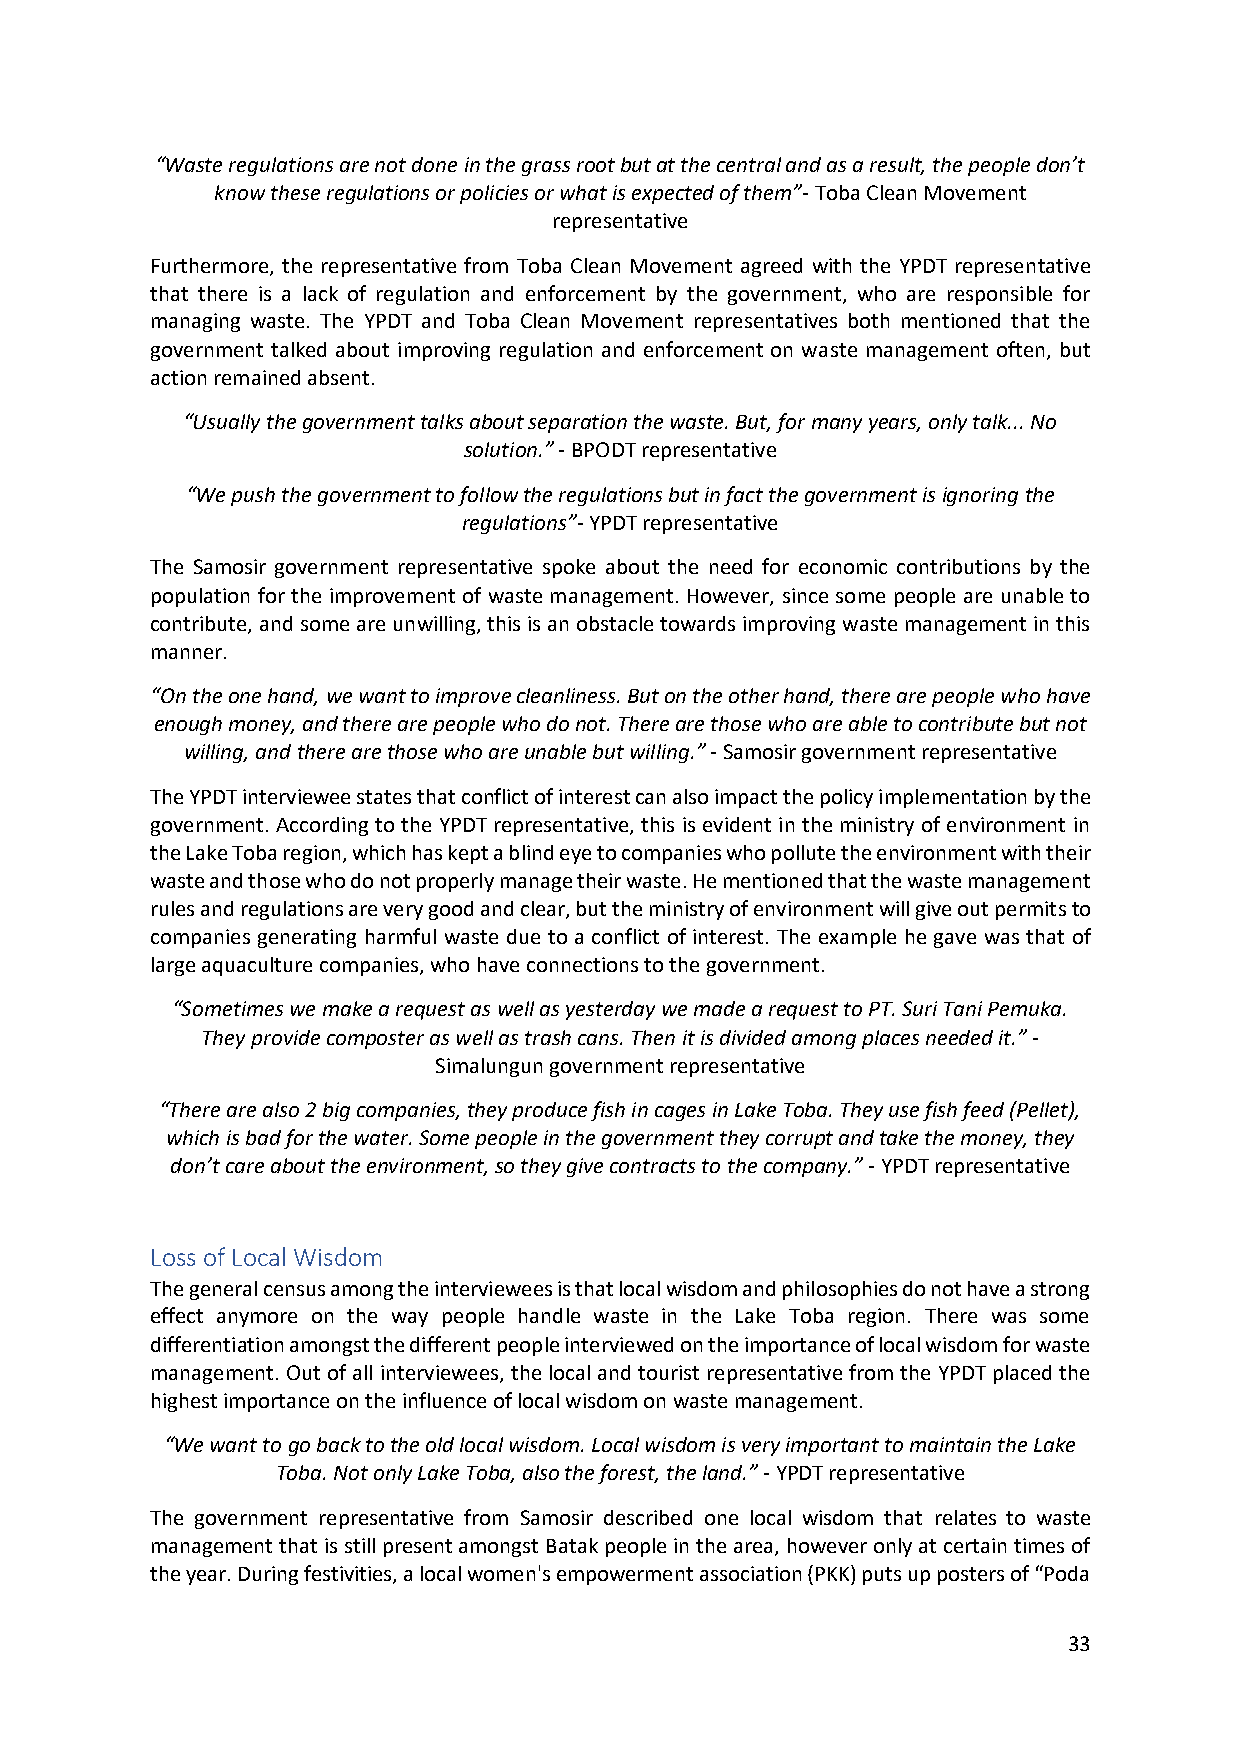
“Waste regulations are not done in the grass root but at the central and as a result, the people don’t
 know these regulations or policies or what is expected of them”- Toba Clean Movement
 representative
 Furthermore, the representative from Toba Clean Movement agreed with the YPDT representative
 that there is a lack of regulation and enforcement by the government, who are responsible for
 managing waste. The YPDT and Toba Clean Movement representatives both mentioned that the
 government talked about improving regulation and enforcement on waste management often, but
 action remained absent.
 “Usually the government talks about separation the waste. But, for many years, only talk... No
 solution.” - BPODT representative
 “We push the government to follow the regulations but in fact the government is ignoring the
 regulations”- YPDT representative
 The Samosir government representative spoke about the need for economic contributions by the
 population for the improvement of waste management. However, since some people are unable to
 contribute, and some are unwilling, this is an obstacle towards improving waste management in this
 manner.
 “On the one hand, we want to improve cleanliness. But on the other hand, there are people who have
 enough money, and there are people who do not. There are those who are able to contribute but not
 willing, and there are those who are unable but willing.” - Samosir government representative
 The YPDT interviewee states that conflict of interest can also impact the policy implementation by the
 government. According to the YPDT representative, this is evident in the ministry of environment in
 the Lake Toba region, which has kept a blind eye to companies who pollute the environment with their
 waste and those who do not properly manage their waste. He mentioned that the waste management
 rules and regulations are very good and clear, but the ministry of environment will give out permits to
 companies generating harmful waste due to a conflict of interest. The example he gave was that of
 large aquaculture companies, who have connections to the government.
 “Sometimes we make a request as well as yesterday we made a request to PT. Suri Tani Pemuka.
 They provide composter as well as trash cans. Then it is divided among places needed it.” -
 Simalungun government representative
 “There are also 2 big companies, they produce fish in cages in Lake Toba. They use fish feed (Pellet),
 which is bad for the water. Some people in the government they corrupt and take the money, they
 don’t care about the environment, so they give contracts to the company.” - YPDT representative
 Loss of Local Wisdom
 The general census among the interviewees is that local wisdom and philosophies do not have a strong
 effect anymore on the way people handle waste in the Lake Toba region. There was some
 differentiation amongst the different people interviewed on the importance of local wisdom for waste
 management. Out of all interviewees, the local and tourist representative from the YPDT placed the
 highest importance on the influence of local wisdom on waste management.
 “We want to go back to the old local wisdom. Local wisdom is very important to maintain the Lake
 Toba. Not only Lake Toba, also the forest, the land.” - YPDT representative
 The government representative from Samosir described one local wisdom that relates to waste
 management that is still present amongst Batak people in the area, however only at certain times of
 the year. During festivities, a local women's empowerment association (PKK) puts up posters of “Poda
 33